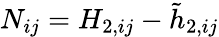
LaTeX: {N_{ij}}=H_{2,ij}-\tilde{h}_{2,ij}